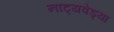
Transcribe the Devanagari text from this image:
नाट्यवेड्या